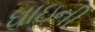
ઘાઇની